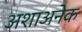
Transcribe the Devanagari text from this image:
अशाअनेक